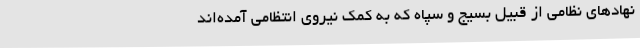
نهادهای نظامی از قبیل بسیج و سپاه که به کمک نیروی انتظامی آمده‌اند